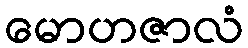
မောဟဇာလံ